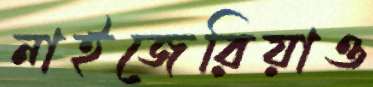
নাইজেরিয়াও